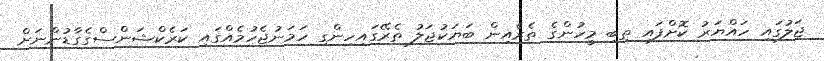
ޖަލުގައި ހައްޔަރު ކޮށްފައި ތިބި މީހުންގެ ތެރެއިން ބަޔަކުޖަލު ތެރޭގައިހިންގި ހަމަނުޖެހުމެއްގައި ކަރެކްޝަންސްގެގާޑުންނަށް